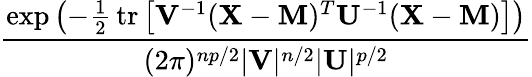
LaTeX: \frac{\exp\left(-{\frac{1}{2}}\, \mathrm{tr}\left[\mathbf{V}^{-1}(\mathbf{X}-\mathbf{M})^{T}\mathbf{U}^{-1}(\mathbf{X}-\mathbf{M})\right]\right)}{(2\pi)^{np/2}|\mathbf{V}|^{n/2}|\mathbf{U}|^{p/2}}